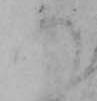
の